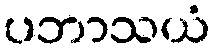
ပဘာသယံ